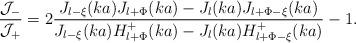
LaTeX: \begin{align*}\displaystyle\frac{{\cal J}_-}{{\cal J}_+} = 2 \displaystyle\frac{J_{l - \xi}(ka)J_{l + \Phi} (ka) - J_l(ka) J_{l + \Phi - \xi} (ka)}{J_{l - \xi}(ka) H^+_{l + \Phi} (ka) - J_l (ka) H^+_{l + \Phi - \xi} (ka)} -1.\end{align*}